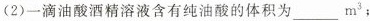
(2)一滴油酸酒精溶液含有纯油酸的体积为___m^{3}；